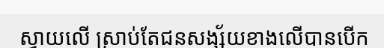
ស្វាយលើ ស្រាប់តែជនសង្ស័យខាងលើបានបើក